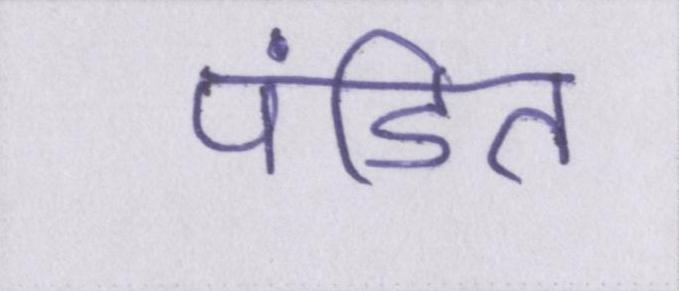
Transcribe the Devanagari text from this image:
पंडित